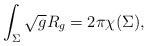
\begin{align*}\int_\Sigma \sqrt g R_g=2\pi\chi(\Sigma),\end{align*}